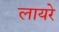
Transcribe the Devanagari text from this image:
लायरे